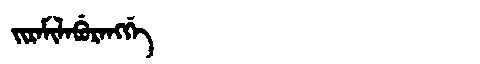
Manchu: ᠵᡳᡵᠠᠮᡳᠯᠠᠪᡠᡵᠠᠩᡤᡝ
Romanization: JIRAMILABURANGGE